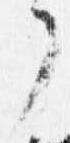
了